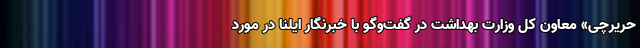
حریرچی» معاون کل وزارت بهداشت در گفت‌وگو با خبرنگار ایلنا در مورد